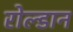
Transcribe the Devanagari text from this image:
रोल्डान